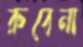
রুবেনা